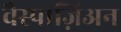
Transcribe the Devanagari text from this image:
वैस्पाज़िअन